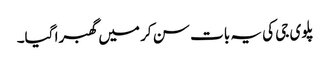
پلوی جی کی یہ بات سن کر میں گھبرا گیا۔